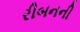
રીબનની